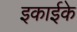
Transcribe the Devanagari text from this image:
इकाईके